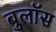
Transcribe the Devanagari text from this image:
बुलॉस